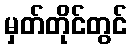
မှတ်တိုင်တွင်